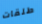
طلقات